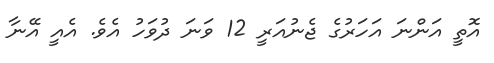
އޮތީ އަންނަ އަހަރުގެ ޖެނުއަރީ 12 ވަނަ ދުވަހު އެވެ. އެއީ އޭނާ